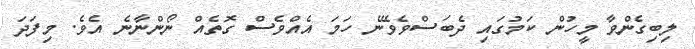
ލިބިގެންވާ މީހުން ކަމުގައި ދެބަސްވެވޭނެ ހަމަ އެއްވެސް ގޮތެއް ނޯންނާނެ އެވެ. މިފަދަ